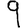
Digit: 9